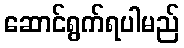
ဆောင်ရွက်ရပါမည်